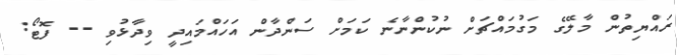
ރައްޔިތުން މާލޭގެ މަގުމައްޗަށް ނުކުންނާނެ ކަމަށް ސަންދާން އަހައްމައިދީ ވިދާޅުވި -- ފޮޓޯ: